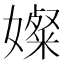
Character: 𫱼